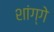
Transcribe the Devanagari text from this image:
शांग्गे